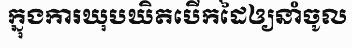
ក្នុងការឃុបឃិតបើកដៃឲ្យនាំចូល